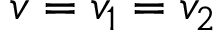
v = v _ { 1 } = v _ { 2 }